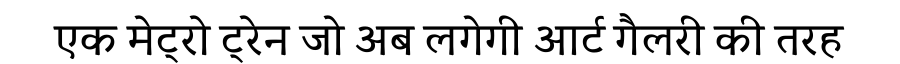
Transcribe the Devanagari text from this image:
एक मेट्रो ट्रेन जो अब लगेगी आर्ट गैलरी की तरह